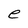
Character: e